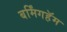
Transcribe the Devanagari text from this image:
बर्मिंगहॅम